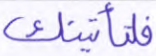
فلنأتينك